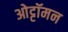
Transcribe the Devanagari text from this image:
ओट्टॉमन